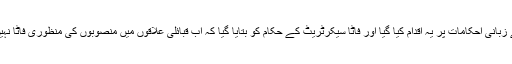
ذرائع کے مطابق سینئر صوبائی افسران کے زبانی احکامات پر یہ اقدام کیا گیا اور فاٹا سیکرٹریٹ کے حکام کو بتایا گیا کہ اب قبائلی علاقوں میں منصوبوں کی منظوری فاٹا نہیں صوبائی ڈویلپمنٹ ورکنگ پارٹی دے گی۔